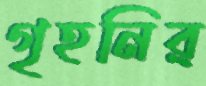
গৃহনির্